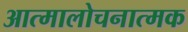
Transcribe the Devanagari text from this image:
आत्मालोचनात्मक